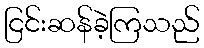
ငြင်းဆန်ခဲ့ကြသည်